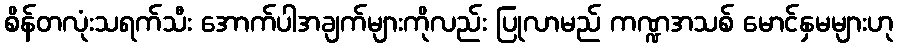
စိန်တလုံးသရက်သီး အောက်ပါအချက်များကိုလည်း ပြုလာမည် ကဏ္ဍအသစ် မောင်နှမများဟု